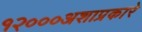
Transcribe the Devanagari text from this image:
१२०००अशाप्रकारे